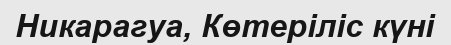
Никарагуа, Көтеріліс күні